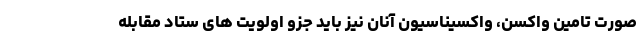
صورت تامین واکسن، واکسیناسیون آنان نیز باید جزو اولویت های ستاد مقابله